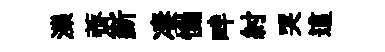
濼薺斳凄慟畔紂哭這